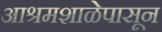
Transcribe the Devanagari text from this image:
आश्रमशाळेपासून